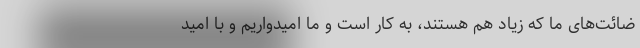
ضائت‌های ما که زیاد هم هستند، به کار است و ما امیدواریم و با امید